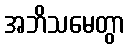
အဘိသမေတွာ